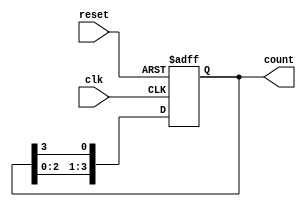
module ring_counter #(parameter N = 4) (
    input wire clk,             // Clock signal
    input wire reset,           // Synchronous reset
    output reg [N-1:0] count    // Output count
);

    // Initial state: only the MSB is set to 1
    initial begin
        count = 1'b1; // Start with '1000' for N=4
    end

    // Always block triggered on the rising edge of the clock
    always @(posedge clk or posedge reset) begin
        if (reset) begin
            // Reset to the initial state
            count <= 1'b1; // Reset to '1000' for N=4
        end else begin
            // Shift the '1' to the right
            count <= {count[N-2:0], count[N-1]};
        end
    end

endmodule